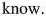
know.